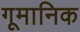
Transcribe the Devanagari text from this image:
गूमानिक